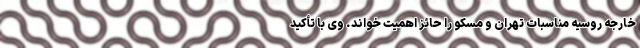
خارجه روسیه مناسبات تهران و مسکو را حائز اهمیت خواند. وی با تأکید